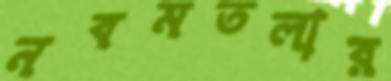
নবমতলার